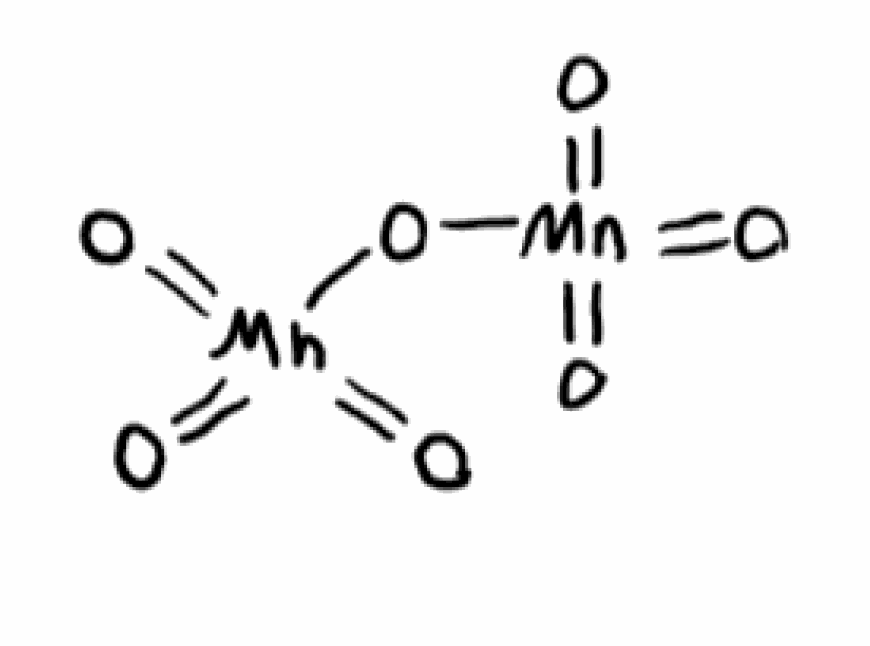
Simplified molecular-input line-entry system (SMILES) notation of the given molecule:
O=[Mn](=O)(=O)O[Mn](=O)(=O)=O